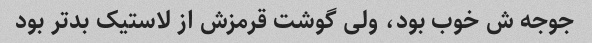
جوجه ش خوب بود، ولی گوشت قرمزش از لاستیک بدتر بود